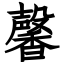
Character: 馨